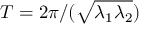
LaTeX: T = 2 { \pi } / ( { \sqrt { \lambda _ { 1 } \lambda _ { 2 } } } )